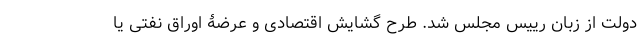
دولت از زبان رییس مجلس شد. طرح گشایش اقتصادی و عرضۀ اوراق نفتی یا